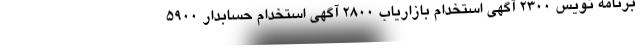
برنامه نویس 2300 آگهی استخدام بازاریاب 2800 آگهی استخدام حسابدار 5900